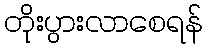
တိုးပွားလာစေရန်